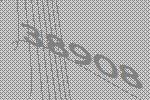
38908